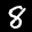
Label: 8